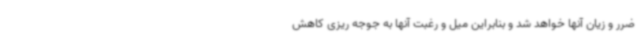
ضرر و زیان آنها خواهد شد و بنابراین میل و رغبت آنها به جوجه ریزی کاهش